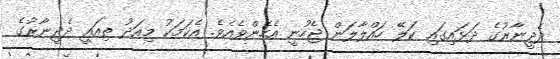
ދެދީނާރުގެ ދަޅައިގައި ކަލޭ ހައްލާލަން ޖެހުނީ އެހެންވެއެވެ. އެކަމަކު މިއަދު ތިއައީ ދެދީނާރުގެ